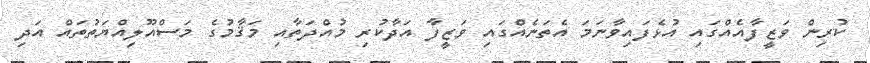
ކުރިން ވަޒީފާއެއްގައި އުޅެފައިވާނަމަ އެތަނެއްގައި ވަޒީފާ އަދާކުރި މުއްދަތާއި މަޤާމުގެ މަސްއޫލިއްޔަތުތައް އަދި